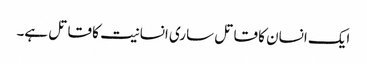
ایک انسان کا قاتل ساری انسانیت کا قاتل ہے۔